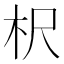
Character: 𣏧